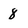
Character: 8